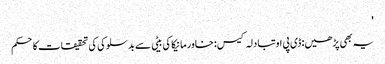
'
یہ بھی پڑھیں: ڈی پی او تبادلہ کیس: خاور مانیکا کی بیٹی سے بدسلوکی کی تحقیقات کا حکم